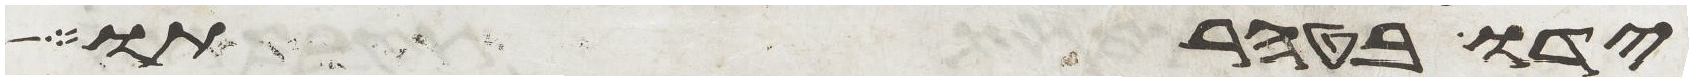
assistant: ידו בטהרתו